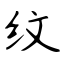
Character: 纹